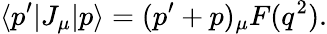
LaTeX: \langle p^{\prime}|J_{\mu}|p\rangle=(p^{\prime}+p)_{\mu}F(q^{2}).